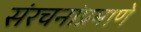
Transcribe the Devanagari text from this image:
संरचनांप्रमाणे